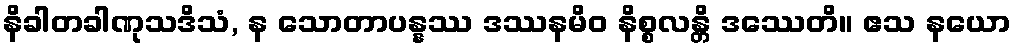
နိခါတခါဏုသဒိသံ, န သောတာပန္နဿ ဒဿနမိဝ နိစ္စလန္တိ ဒဿေတိ။ ဧသ နယော